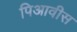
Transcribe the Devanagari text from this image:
पिआवीस